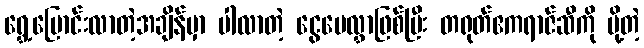
ရွှေ့ပြောင်းလာတဲ့အချိန်မှာ ပါလာတဲ့ ငွေပေလွှာဖြစ်ပြီး တရုတ်ဧကရာဇ်ဆီကို ပို့တဲ့